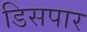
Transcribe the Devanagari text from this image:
डिसपार